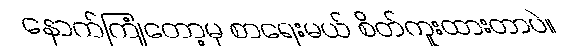
နောက်ကြုံတော့မှ စာရေးမယ် စိတ်ကူးထားတာပဲ။